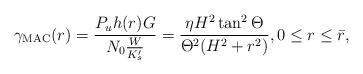
LaTeX: \begin{align*}\gamma_{\mathrm{MAC}}(r)=\frac{P_uh(r)G}{N_{0}\frac{W}{K_{s}'}}=\frac{\eta H^2\tan^2\Theta}{\Theta^2(H^2+r^2)},0\leq r\leq \bar{r},\end{align*}